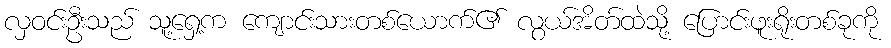
လှဝင်းဦးသည် သူ့ရှေ့က ကျောင်းသားတစ်ယောက်၏ လွယ်အိတ်ထဲသို့ ပြောင်းဖူးရိုးတစ်ခုကို